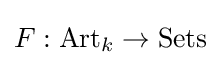
F:{\text{Art}}_{k}\to {\text{Sets}}